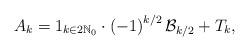
LaTeX: \begin{align*}A_{k}=1_{k\in2\mathbb{N}_{0}}\cdot\left( -1\right) ^{k/2}\mathcal{B}_{k/2}+T_{k}, \end{align*}